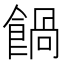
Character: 𩝄